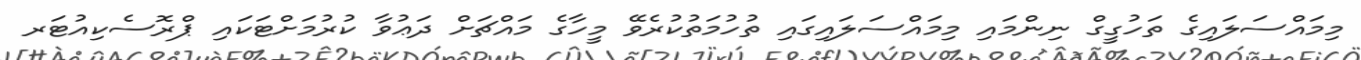
މިމައްސަލައިގެ ތަހުގީގް ނިންމައި މިމައްސަލައިގައި ތުހުމަތުކުރެވޭ މީހާގެ މައްޗަށް ދަޢުވާ ކުރުމަށްޓަކައި ޕްރޮސެކިއުޓަރ